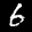
Label: 6